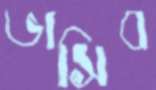
ভাসিব